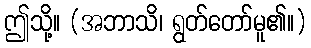
ဤသို့။ (အဘာသိ၊ ရွတ်တော်မူ၏။)